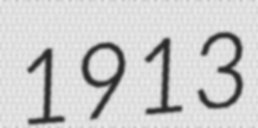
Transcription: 1913